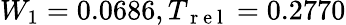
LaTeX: W_{1}=0.0686,T_{\mathrm{~r~e~l~}}=0.2770